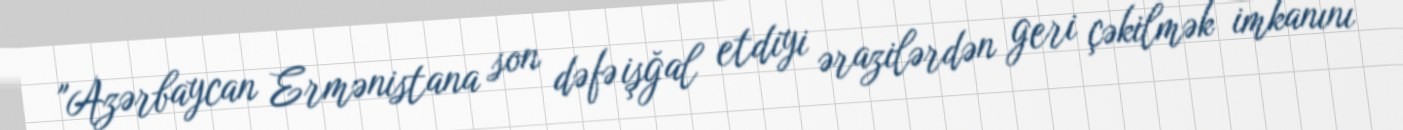
"Azərbaycan Ermənistana son dəfə işğal etdiyi ərazilərdən geri çəkilmək imkanını